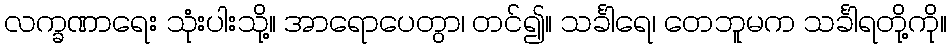
လက္ခဏာရေး သုံးပါးသို့။ အာရောပေတွာ၊ တင်၍။ သင်္ခါရေ၊ တေဘူမက သင်္ခါရတို့ကို။